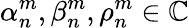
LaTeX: \alpha_{n}^{m},\beta_{n}^{m},\rho_{n}^{m}\in\mathbb C